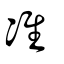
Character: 准